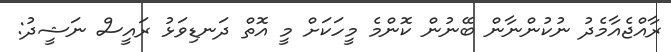
ރާއްޖެއާމެދު ނުކުންނާން ބޭނުން ކޮންމެ މީހަކަށް މީ އޮތް ދަނޑިވަޅު ރައީސް ނަޝީދު: